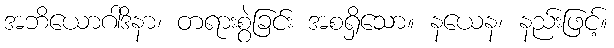
အဘိယောဂါဒိနာ၊ တရားစွဲခြင်း အစရှိသော။ နယေန၊ နည်းဖြင့်။